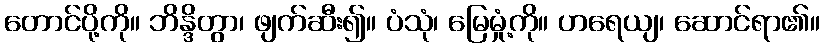
တောင်ပို့ကို။ ဘိန္ဒိတွာ၊ ဖျက်ဆီး၍။ ပံသုံ၊ မြေမှုံ့ကို။ ဟရေယျ၊ ဆောင်ရာ၏။